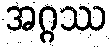
အဂ္ဂဿ